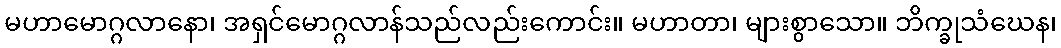
မဟာမောဂ္ဂလာနော၊ အရှင်မောဂ္ဂလာန်သည်လည်းကောင်း။ မဟာတာ၊ များစွာသော။ ဘိက္ခုသံဃေန၊